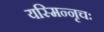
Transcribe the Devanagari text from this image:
यस्मिन्नृचः